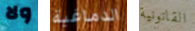
ولا الدماغية القانونية